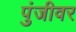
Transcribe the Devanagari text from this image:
पुंजीवर